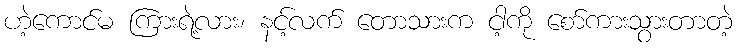
ဟဲ့ကောင်မ ကြားရဲ့လား၊ နင့်လက် တောသားက ငါ့ကို စော်ကားသွားတာတဲ့